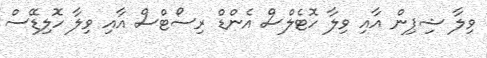
ވިލާ ޝިޕިން އާއި ވިލާ ހޮޓެލްސް އެންޑް ރިސޯޓްސް އާއި ވިލާ ހޮލިޑޭސް